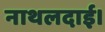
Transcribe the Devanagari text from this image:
नाथलदाई।